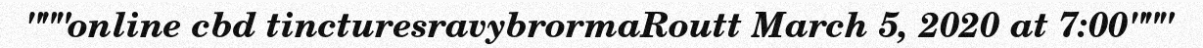
"""online cbd tincturesravybrormaRoutt March 5, 2020 at 7:00"""